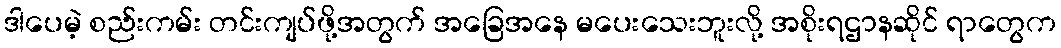
ဒါပေမဲ့ စည်းကမ်း တင်းကျပ်ဖို့အတွက် အခြေအနေ မပေးသေးဘူးလို့ အစိုးရဌာနဆိုင် ရာတွေက